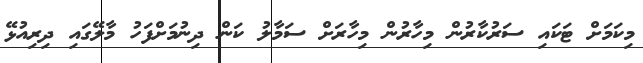
މިކަމަށް ޓަކައި ސަރުކާރުން މިހާރުން މިހާރަށް ސަމާލު ކަން ދިނުމަށްފަހު މާލޭގައި ދިރިއުޅޭ